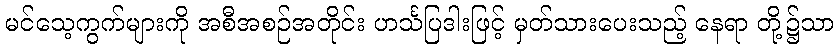
မင်သေ့ကွက်များကို အစီအစဉ်အတိုင်း ဟင်္သပြဒါးဖြင့် မှတ်သားပေးသည့် နေရာ တို့၌သာ